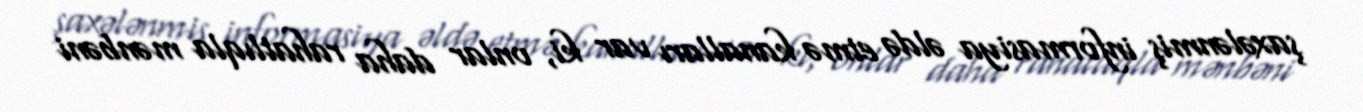
şaxələnmiş informasiya əldə etmə kanalları var ki, onlar daha rahatlıqla mənbəni